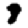
Digit: 9